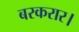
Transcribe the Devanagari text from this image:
बरकरार।